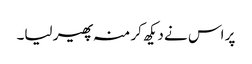
پر اس نے دیکھ کر منہ پھیر لیا۔